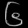
Digit: ၆